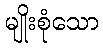
မျိုးစုံသော